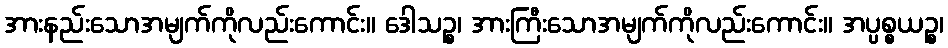
အားနည်းသောအမျက်ကိုလည်းကောင်း။ ဒေါသဉ္စ၊ အားကြီးသောအမျက်ကိုလည်းကောင်း။ အပ္ပစ္စယဉ္စ၊